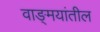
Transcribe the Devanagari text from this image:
वाङ्‍मयांतील